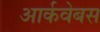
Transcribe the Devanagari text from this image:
आर्कवेबस